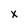
Character: X